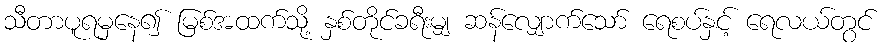
သီတာပူရမှနေ၍ မြစ်အထက်သို့ နှစ်တိုင်ခရီးမျှ ဆန်လျှောက်သော် ရေစပ်နှင့် ရေလယ်တွင်